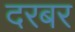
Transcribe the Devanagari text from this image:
दरबर